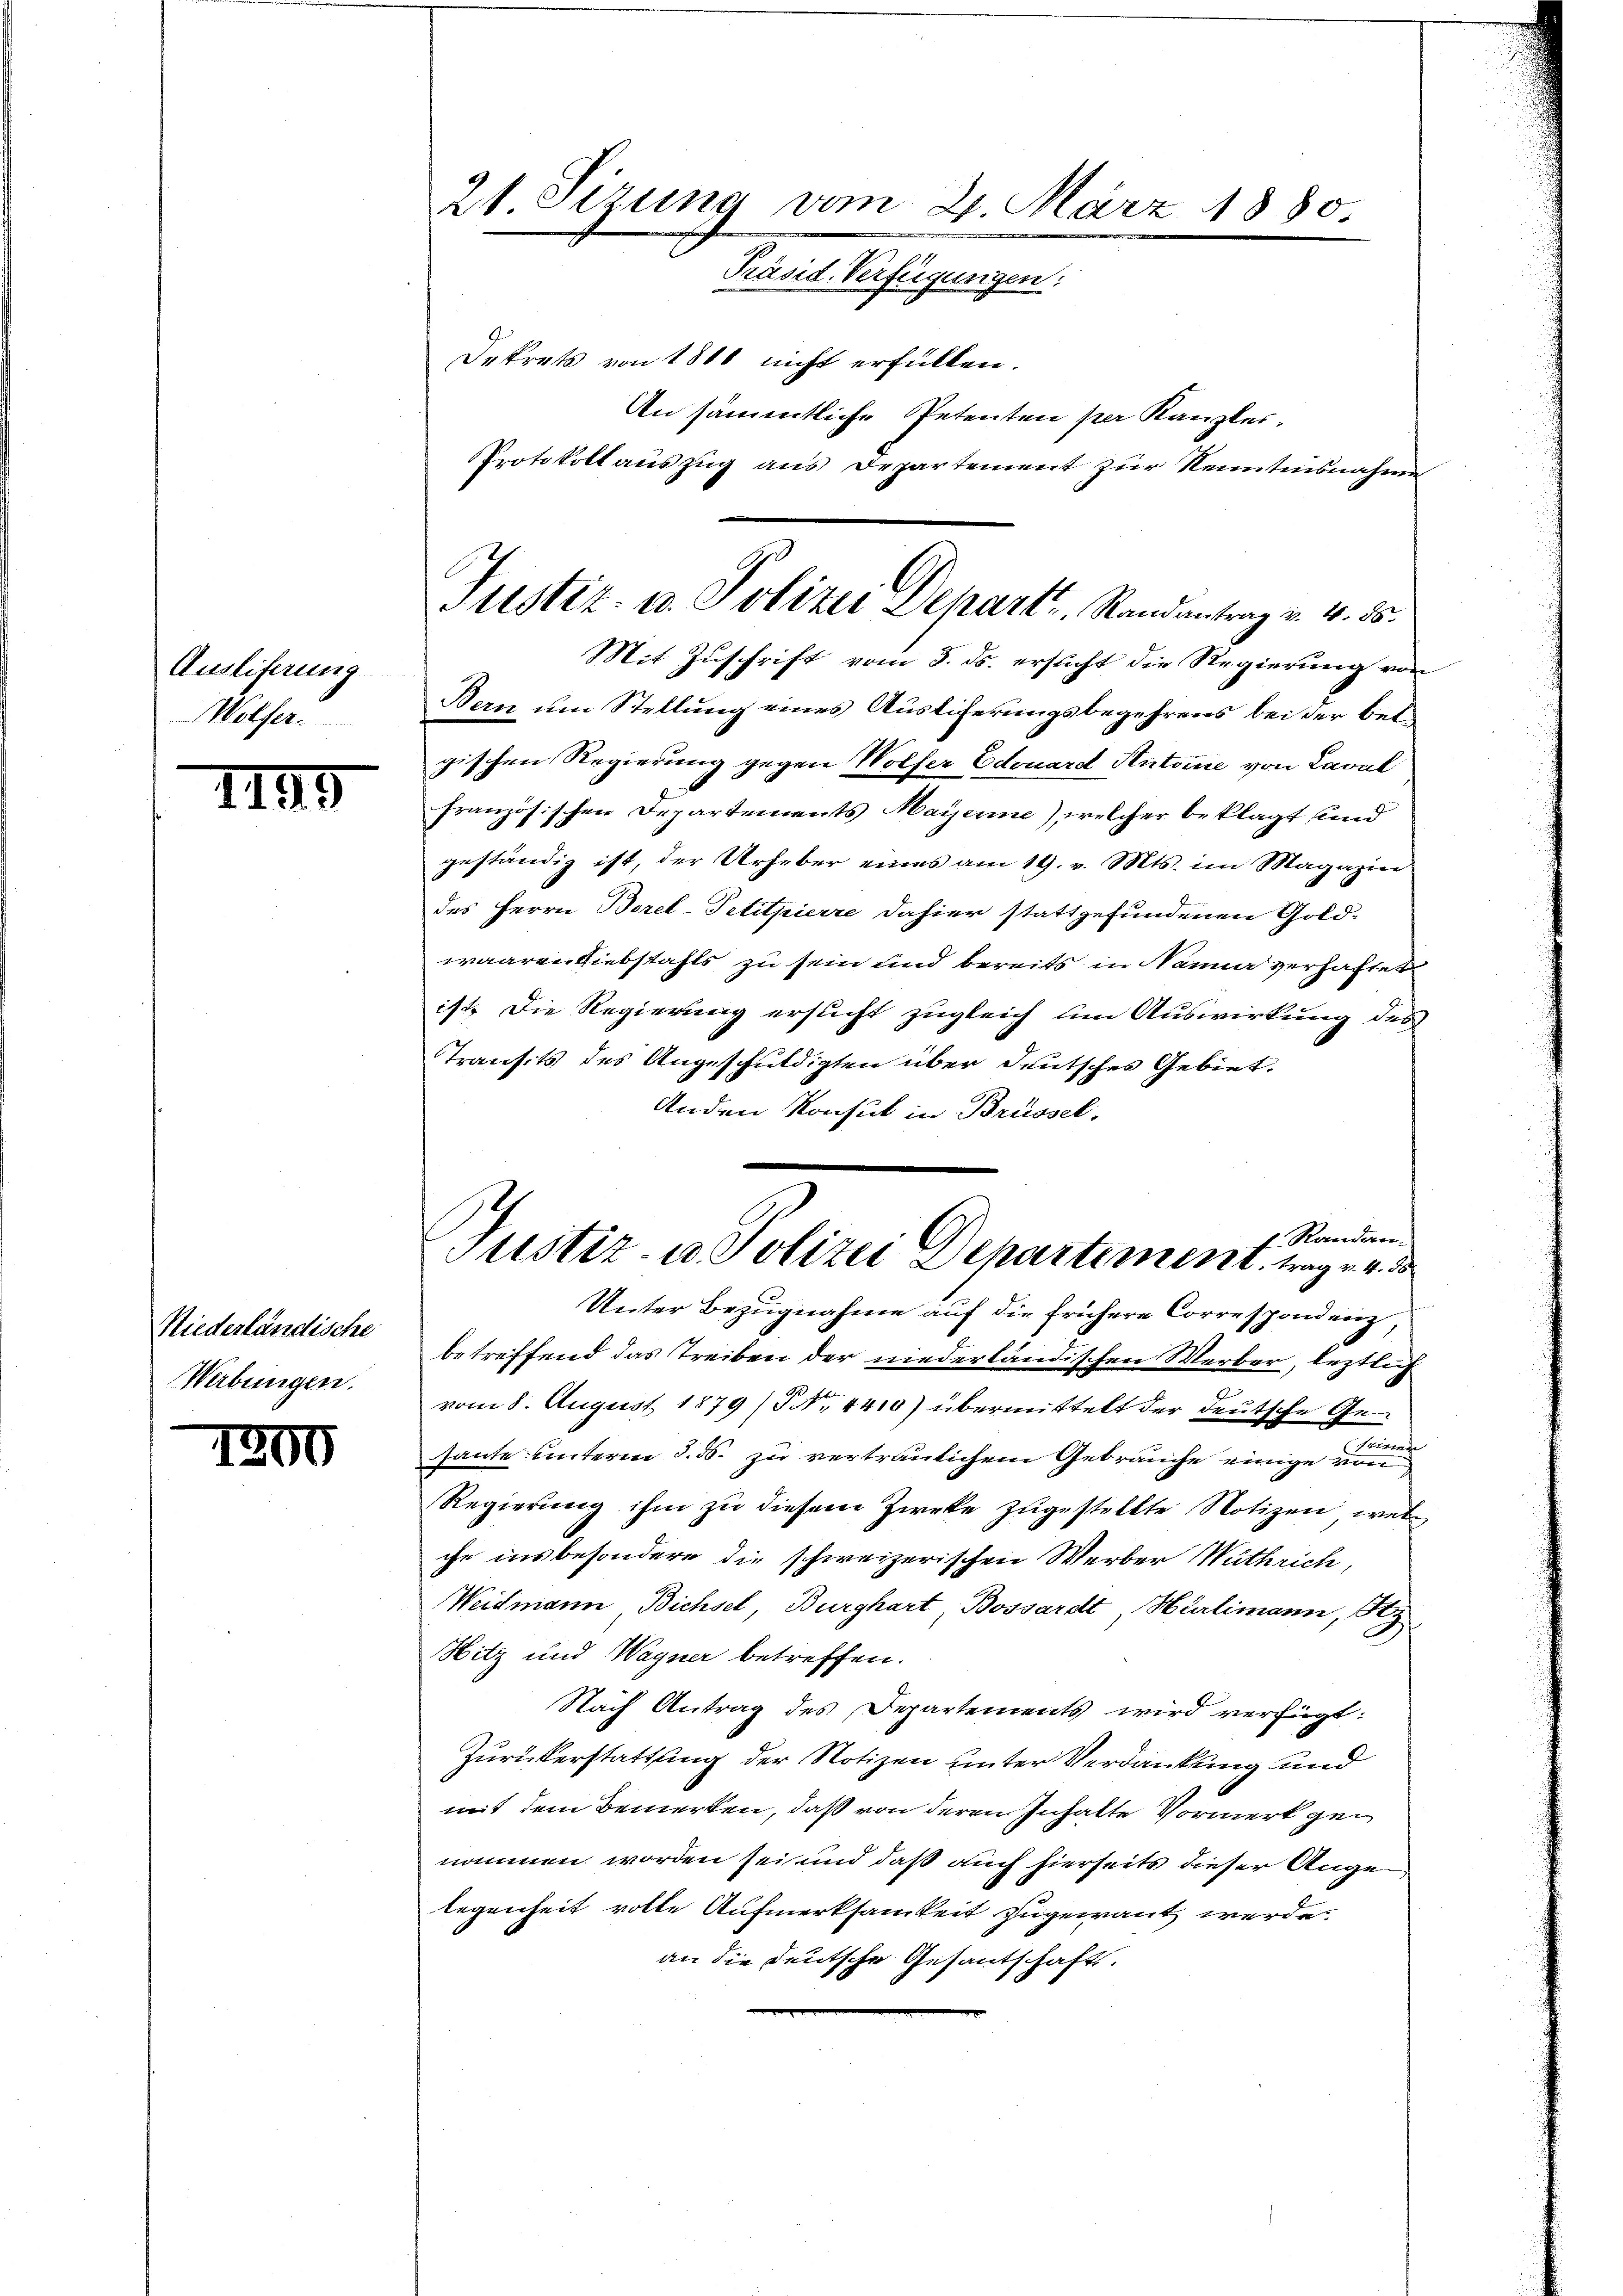
Ausliferung
Wolfer.

II49

Niederländische
Werbungen.

1200

21. Sizung vom 21. März 1880

Aendere der
Präsid. Verfügungen:

Dekrets von 1800 nicht erfüllen.
An sämmtliche Petenten per Kanzler,
Protokoll auszug aus Departement zur Kenntnisnahme

Justiz- u. Polizei Depart, Randantrag v. 4. 15.
Mit Zuschrift vom 3. ds. ersticht die Regierung von

Bern um Stellung eines Austiferungsbegehrens bei der belgischen Regierung gegen Wolfer Edouard Antoine von Caval
französischen Departements Mayerne), welcher beklagt und
geständig ist, der Urheber eines am 19. v. Mts. im Magazin
des Herrn Borel-Petitpierze dahier stattgefundenen Goldwaaren Diebstahls zu sein und bereits in Nanne verhaftet
ist. Die Regierung ersucht zugleich um Auswirkung des
Transits des Angeschuldigten über deutsches Gebiet.
Anden Konsul in Brüssel.

f Randan-
Justiz- u. Polizei Departement, trag v. 4. d
Unter Bezugnahme auf die frühere Correspondenz,

betreffend das Treiben der niederländischen Merber, leztlich
vom 8. August 1879 (NNo. 4410) übermittelt der deutsche Gem
haute unterm 5. ds. zu vertraulichem Gebrauche einige von
Regierung ihm zu diesem Zweke zugestellte Notizen, welche insbesondere die schweizerischen Werber Muthrich,
Weidmann Bichsel, Burghart, Bossardt, Hürlimann, St
Hitz und Wagner betreffen.
Nach Antrag des Departements wird verfügt:
Zurückerstattung der Notizen unter Verdankung und
mit dem Bemerken, daß von deren Inhalte Vormerk genommen worden sei und daß auch hierseits dieser Auge,
legenheit rotte Aufmerksamkeit zugewant werde.
an die deutsche Gesantschaft.